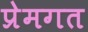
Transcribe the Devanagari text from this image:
प्रेमगत